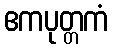
ဧကပုတ္တကံ